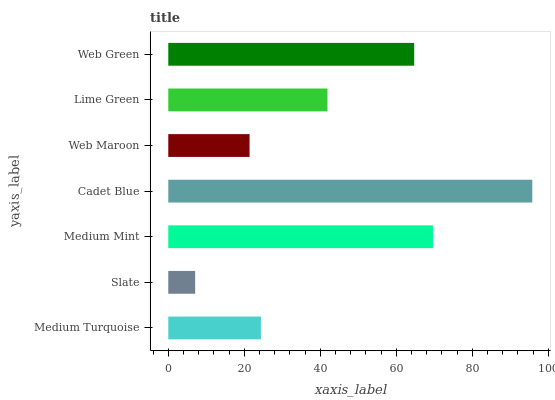
| yaxis_label | bars |
 | --- | --- |
 | Medium Turquoise | 24.4 |
 | Slate | 7.08 |
 | Medium Mint | 69.7 |
 | Cadet Blue | 95.8 |
 | Web Maroon | 21.4 |
 | Lime Green | 41.9 |
 | Web Green | 64.7 |